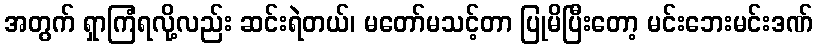
အတွက် ရှာကြံရလို့လည်း ဆင်းရဲတယ်၊ မတော်မသင့်တာ ပြုမိပြီးတော့ မင်းဘေးမင်းဒဏ်